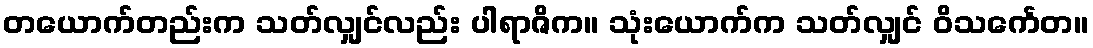
တယောက်တည်းက သတ်လျှင်လည်း ပါရာဇိက။ သုံးယောက်က သတ်လျှင် ဝိသင်္ကေတ။